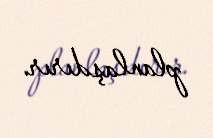
planlaşdırır.